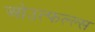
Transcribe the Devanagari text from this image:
ओउत्फल्ल्स